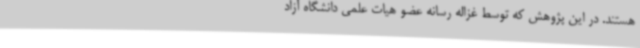
هستند. در این پژوهش که توسط غزاله رسانه عضو هیات علمی دانشگاه آزاد